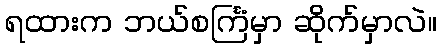
ရထားက ဘယ်စင်္ကြံမှာ ဆိုက်မှာလဲ။